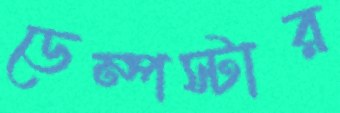
ডেম্পস্টার